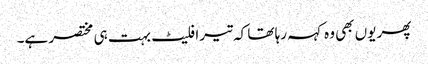
پھر یوں بھی وہ کہہ رہا تھا کہ تیرا فلیٹ بہت ہی مختصر ہے۔